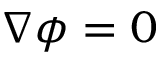
\nabla \phi = 0